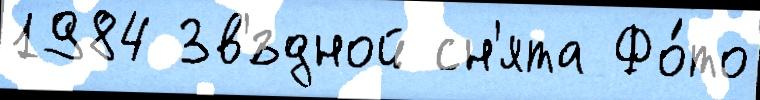
1984 Зв'́здной сн'ята Фо́то